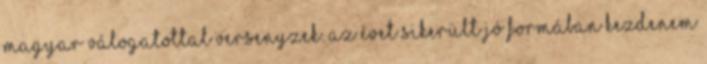
magyar válogatottal versenyzek. Az évet sikerült jó formában kezdenem